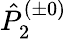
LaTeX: \hat{P}_{2}^{(\pm 0)}